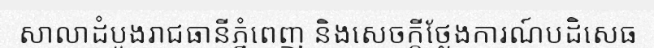
សាលាដំបូងរាជធានីភ្នំពេញ និងសេចក្តីថ្លែងការណ៍បដិសេធ